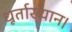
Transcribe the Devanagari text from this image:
धूर्ताख्यान।